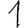
Digit: 1